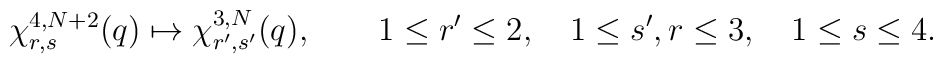
\chi^{4,N+2}_{r,s}(q)\mapsto \chi^{3,N}_{r',s'}(q),\qquad 1\le r'\le 2,\quad 1\le s',r\le 3,\quad 1\le s\le 4.